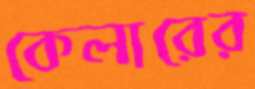
কেলারের